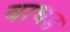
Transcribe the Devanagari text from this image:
वाघड